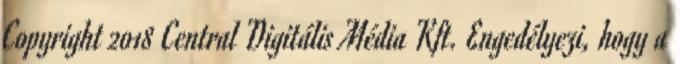
Copyright 2018 Central Digitális Média Kft. Engedélyezi, hogy a